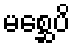
မစ္ဆေပိ